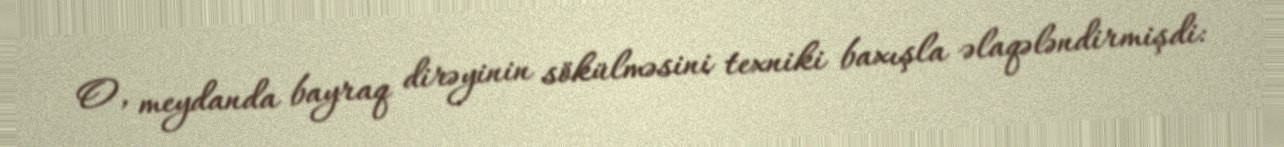
O, meydanda bayraq dirəyinin sökülməsini texniki baxışla əlaqələndirmişdi: